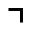
\urcorner